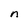
Character: n